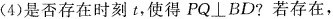
(4)是否存在时刻t，使得PQ \bot BD?若存在，